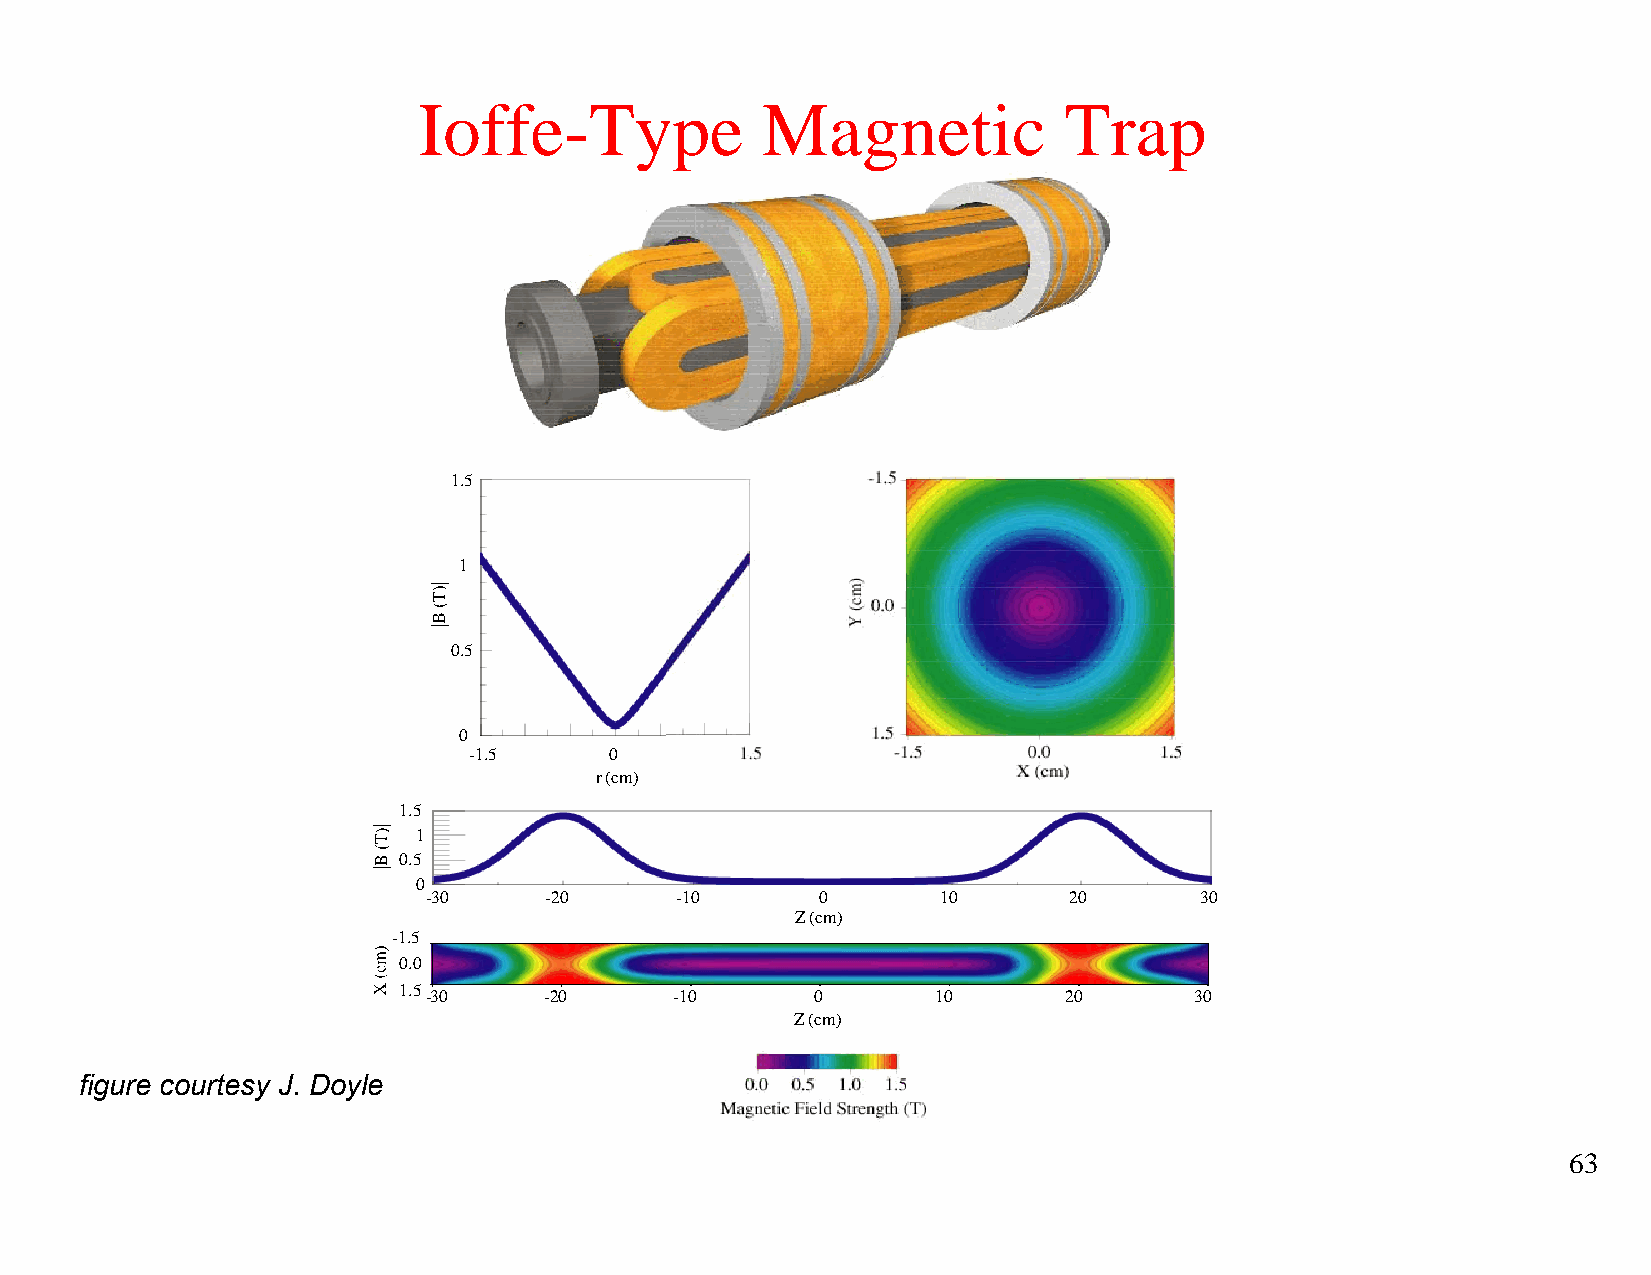
Ioffe-Type            Magnetic            Trap
 1.5
 1
 0.5
 0
 -1.5     0        1.5
 r (cm)
 1.5
 1
 0.5
 0
 -30     -20      -10      0       10       20      30
 Z (cm)
 -1.5
 0.0
 1.5-30    -20      -10      0       10       20      30
 Z (cm)
 figure courtesy J. Doyle
 63